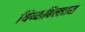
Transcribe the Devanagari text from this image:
थिय्याबिल्लास